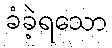
ခံခဲ့ရသော